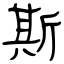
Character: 斯